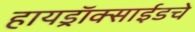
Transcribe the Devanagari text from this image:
हायड्राॅक्साईडचे